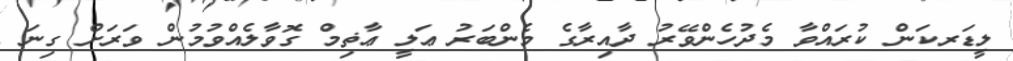
ލީޑަރކަން ކުރައްވާ މެދުހެންވޭރު ދާއިރާގެ މެންބަރު ޢަލީ ޢާޡިމް ގޮވާލެއްވުމުން ވަރަށް ގިނަ